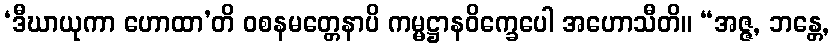
‘ဒီဃာယုကာ ဟောထာ’တိ ဝစနမတ္တေနာပိ ကမ္မဋ္ဌာနဝိက္ခေပေါ အဟောသီတိ။ “အဇ္ဇ, ဘန္တေ,